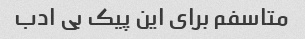
متاسفم برای این پیک بی ادب